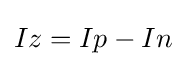
Iz=Ip-In